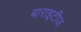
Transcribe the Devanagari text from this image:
बाराइटीज